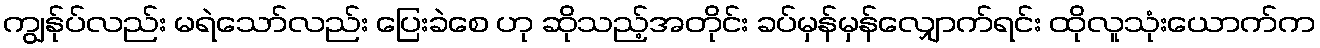
ကျွန်ုပ်လည်း မရဲသော်လည်း ပြေးခဲစေ ဟု ဆိုသည့်အတိုင်း ခပ်မှန်မှန်လျှောက်ရင်း ထိုလူသုံးယောက်က